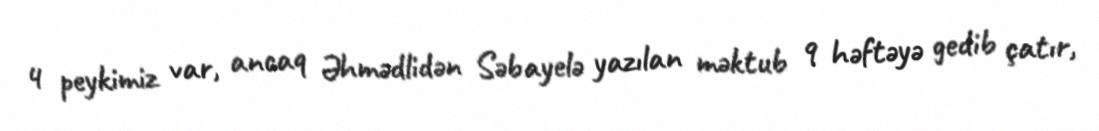
4 peykimiz var, ancaq Əhmədlidən Səbayelə yazılan məktub 9 həftəyə gedib çatır,